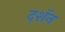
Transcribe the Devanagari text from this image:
दशॅन